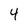
Character: 4